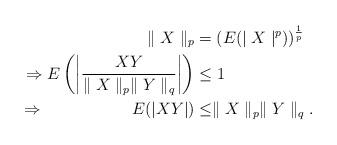
LaTeX: \begin{align*}\parallel X\parallel_p&=(E(\mid X\mid^p))^{\frac{1}{p}}\\\Rightarrow E\left(\left|\frac{XY}{\parallel X\parallel_p \parallel Y\parallel_q}\right|\right)&\leq 1\\\Rightarrow~~~~~~~~~~~~~~~~ E(|XY|)&\leq \parallel X\parallel_p \parallel Y\parallel_q.\end{align*}